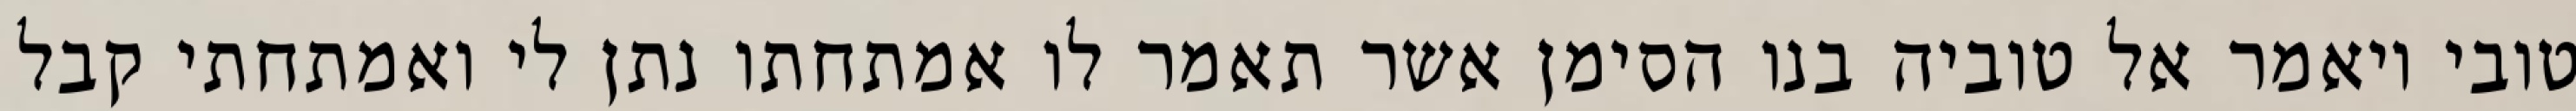
טובי ויאמר אל טוביה בנו הסימן אשר תאמר לו אמתחתו נתן לי ואמתחתי קבל